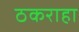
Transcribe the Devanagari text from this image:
ठकराहा